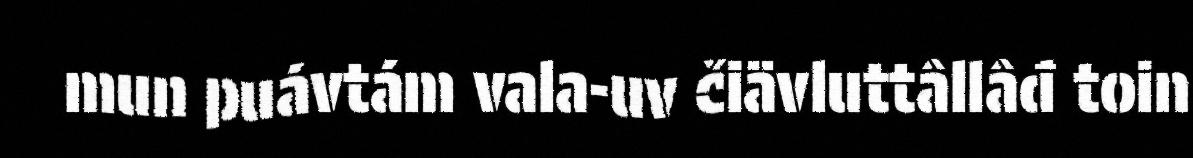
mun puávtám vala-uv čiävluttâllâđ toin